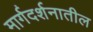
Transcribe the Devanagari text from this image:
मार्गदर्शनातील